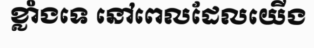
ខ្លាំងទេ នៅពេលដែលយើង